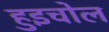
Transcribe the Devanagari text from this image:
हुइचोल